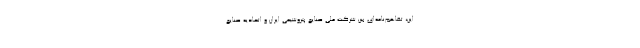
این، تفاهم‌نامه‌ای بین شرکت ملی صنایع پتروشیمی ایران و اتحادیه صنایع